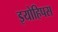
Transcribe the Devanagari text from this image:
इयोहिपस